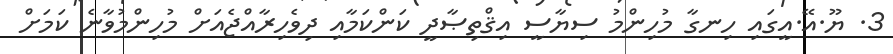
3. ޔޫ.އޭ.އީގައި ހިނގާ މުހިންމު ސިޔާސީ އިޤްތިޞާދީ ކަންކަމާއި ދިވެހިރާއްޖެއަށް މުހިންމުވާނެ ކަމަށް